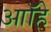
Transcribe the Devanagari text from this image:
आॉहे